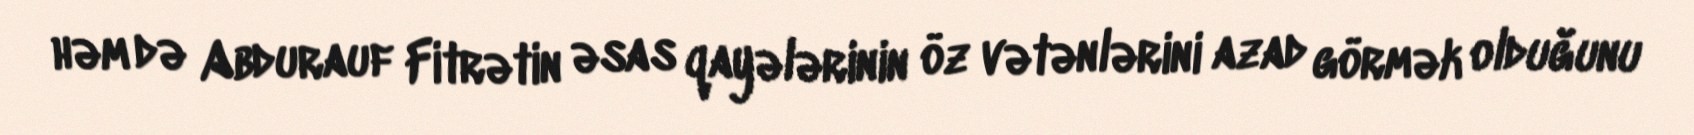
həm də Abdurauf Fitrətin əsas qayələrinin öz vətənlərini azad görmək olduğunu